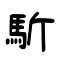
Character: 馸